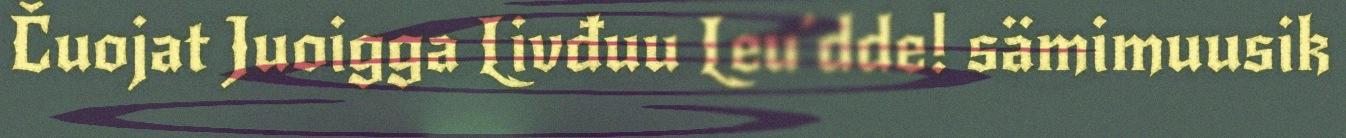
Čuojat Juoigga Livđuu Leu´dde! sämimuusik